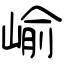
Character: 崳